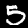
Digit: 5